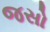
જસો